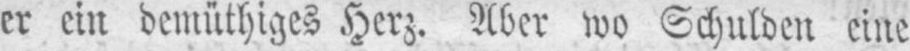
er ein demüthiges Herz. Aber wo Schulden eine